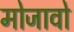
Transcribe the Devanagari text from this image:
मोजावो